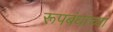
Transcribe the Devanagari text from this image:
रूपबंधाच्या